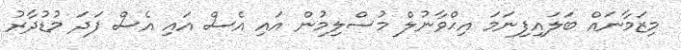
މިޒަމާނައް ބަލައިފިނަމަ އިޙްވާނުލް މުސްލިމުން އައި އެސް އައި އެސް ފަދަ މުޑުދާރު